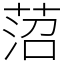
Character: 菬